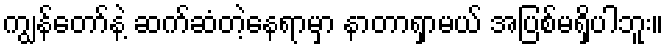
ကျွန်တော်နဲ့ ဆက်ဆံတဲ့နေရာမှာ နာတာရှာမယ် အပြစ်မရှိပါဘူး။